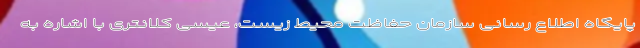
پایگاه اطلاع رسانی سازمان حفاظت محیط زیست، عیسی کلانتری با اشاره به